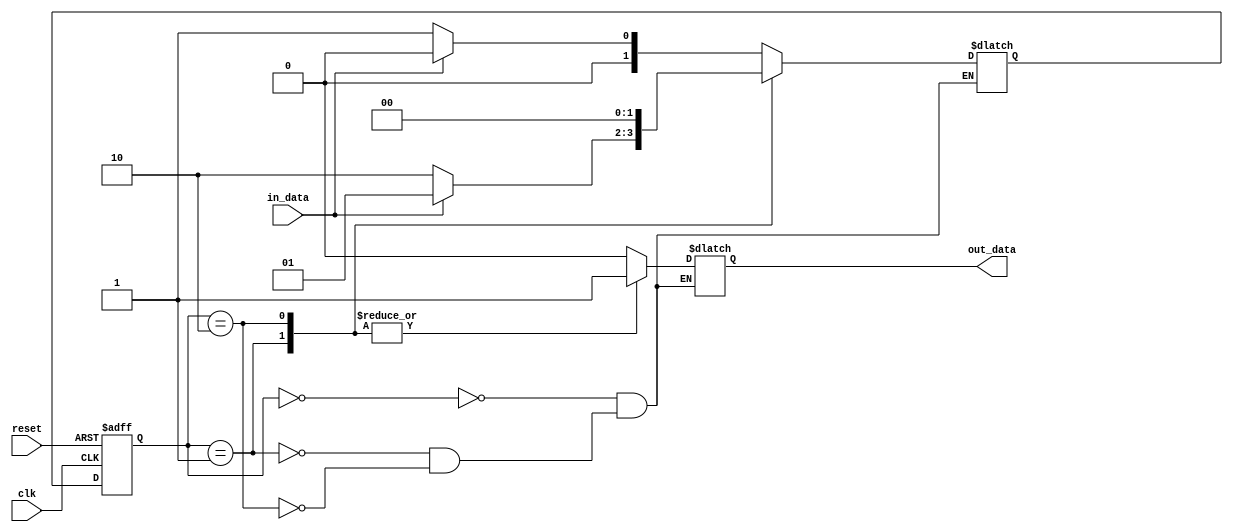
module mealy_state_machine (
  input clk,
  input reset,
  input in_data,
  output reg out_data
);

// Define states
parameter S0 = 2'b00;
parameter S1 = 2'b01;
parameter S2 = 2'b10;

// Define outputs
reg out_data;

// Define state register
reg [1:0] current_state;
reg [1:0] next_state;

// Define state transitions
always @ (posedge clk or posedge reset) begin
  if (reset) begin
    current_state <= S0;
  end else begin
    current_state <= next_state;
  end
end

// Define outputs based on current state and input signals
always @ (*) begin
  case (current_state)
    S0: begin
      if (in_data == 1'b0)
        next_state = S1;
      else
        next_state = S0;
      out_data = 1'b0;
    end
    S1: begin
      if (in_data == 1'b0)
        next_state = S2;
      else
        next_state = S1;
      out_data = 1'b1;
    end
    S2: begin
      next_state = S0;
      out_data = 1'b1;
    end
  endcase
end

endmodule